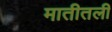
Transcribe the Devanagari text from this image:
मातीतली